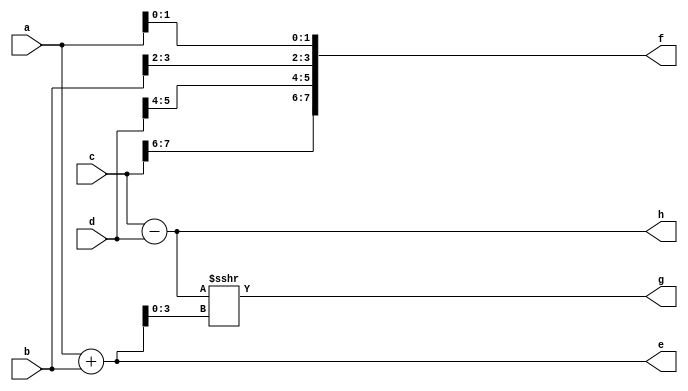
/*
 * Copyright 2018 ISP RAS (http://www.ispras.ru)
 *
 * Licensed under the Apache License, Version 2.0 (the "License");
 * you may not use this file except in compliance with the License.
 * You may obtain a copy of the License at
 *
 *     http://www.apache.org/licenses/LICENSE-2.0
 *
 * Unless required by applicable law or agreed to in writing, software
 * distributed under the License is distributed on an "AS IS" BASIS,
 * WITHOUT WARRANTIES OR CONDITIONS OF ANY KIND, either express or implied.
 * See the License for the specific language governing permissions and
 * limitations under the License.
 */

// IEEE Std 1364-2005
//   4. Data types
//     4.5 Implicit declarations
//       If an identifier is used in a port expression declaration, then an implicit net of default net type shall
//       be assumed, with the vector width of the port expression declaration. See 12.3.3 for a discussion of
//       port expression declarations.

module test(a,b,c,d,e,f,g,h);
  // From 12.3.3
  input [7:0] a; // no explicit declaration - net is unsigned
  input [7:0] b;
  input signed [7:0] c;
  input signed [7:0] d; // no explicit net declaration - net is signed
  output [7:0] e; // no explicit declaration - net is unsigned
  output [7:0] f;
  output signed [7:0] g;
  output signed [7:0] h; // no explicit net declaration - net is signed

  wire signed [7:0] b; // port b inherits signed attribute from net decl.
  wire [7:0] c; // net c inherits signed attribute from port
  reg signed [7:0] f; // port f inherits signed attribute from reg decl.
  reg [7:0] g; // reg g inherits signed attribute from port

  assign e = a + b;
  assign h = c - d;

  always @(*) begin
    f = {c[7:6], d[5:4], b[3:2], a[1:0]};
    g = h >>> e[3:0]; 
  end
endmodule